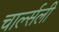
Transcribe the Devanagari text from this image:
चार्ल्सली